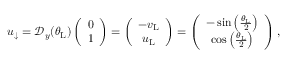
\begin{array} { r } { u _ { \downarrow } = \mathcal { D } _ { y } ( \theta _ { \mathrm { L } } ) \left( \begin{array} { c } { 0 } \\ { 1 } \end{array} \right) = \left( \begin{array} { c } { - v _ { \mathrm { L } } } \\ { u _ { \mathrm { L } } } \end{array} \right) = \left( \begin{array} { c c } { - \sin \left( \frac { \theta _ { \mathrm { L } } } { 2 } \right) } \\ { \cos \left( \frac { \theta _ { \mathrm { L } } } { 2 } \right) } \end{array} \right) , } \end{array}